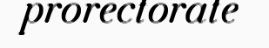
prorectorate